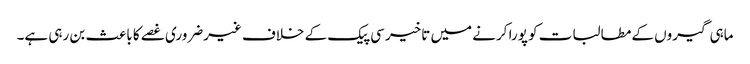
ماہی گیروں کے مطالبات کو پورا کرنے میں تاخیر سی پیک کے خلاف غیرضروری غصے کا باعث بن رہی ہے۔